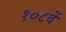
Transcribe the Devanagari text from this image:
१०८वें